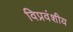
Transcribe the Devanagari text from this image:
विप्रवंशीय